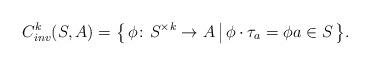
LaTeX: \begin{align*}C^k_{inv}(S,A) & = \big\{\, \phi\colon S^{\times k} \rightarrow A \,\big|\, \phi \cdot \tau_a = \phi a \in S \,\big\}.\end{align*}